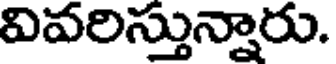
వివరిస్తున్నారు.